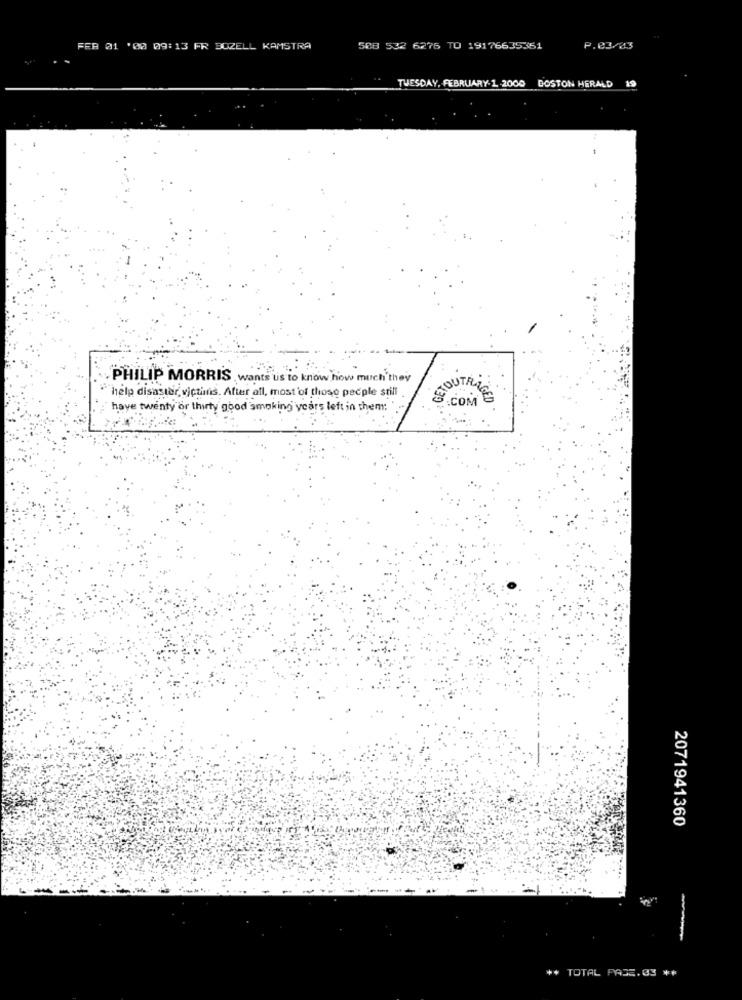
FER 01 '00 09:13 FR BOZELL KAMSTRA
508 532 6276 TO 19176635351
P.03/03
TUESDAY, FEBRUARY-1-2000 BOSTON HERALD 19
PHILIP MORRIS ,wants us to know how much they
GETOUT
help disaster, victimns. After all, most of those pecple still
5.COM
have twenty or thirty good smoking years left in them: "
2071941360
+* TOTAL PAJE.03 **